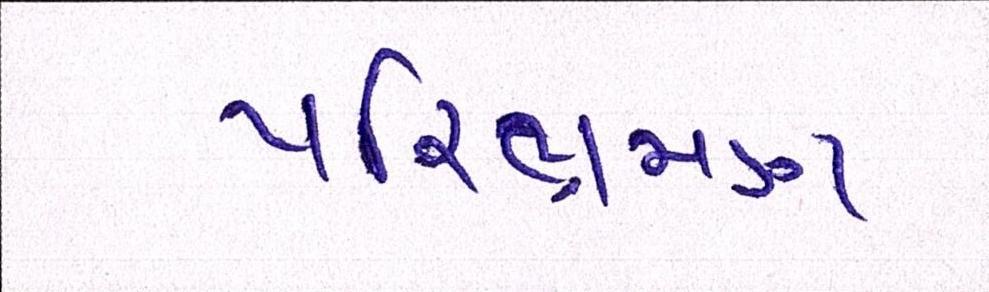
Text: પરિભ્રમણ